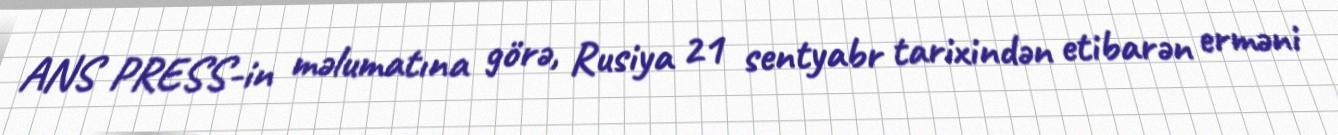
ANS PRESS-in məlumatına görə, Rusiya 21 sentyabr tarixindən etibarən erməni